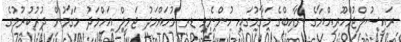
ރައީސުލްޖުމްހޫރިއްޔާގެ ނާއިބްގެ މަޤާމުގައި ހުންނެވި ޑރ މުހައްމަދު ޖަމީލް އަހްމަދު މަގާމުން ދުރުކުރުމުގެ